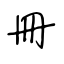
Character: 冊